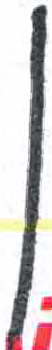
אות: ן